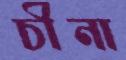
চীনা